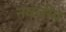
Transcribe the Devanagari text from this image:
नवजीव